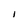
Character: i